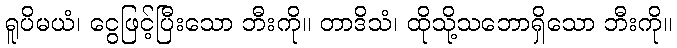
ရူပိမယံ၊ ငွေဖြင့်ပြီးသော ဘီးကို။ တာဒိသံ၊ ထိုသို့သဘောရှိသော ဘီးကို။